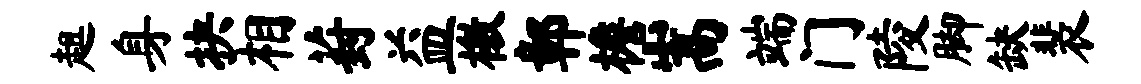
趄身抉相葑益檄鄣檐嵩端门陵脚缺裴